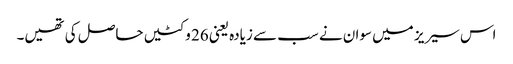
اس سیریز میں سوان نے سب سے زیادہ یعنی 26 وکٹیں حاصل کی تھیں۔